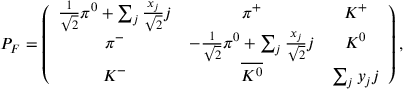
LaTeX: P _ { F } = \left( \begin{array} { c c c } { { \frac { 1 } { \sqrt { 2 } } \pi ^ { 0 } + \sum _ { j } \frac { x _ { j } } { \sqrt { 2 } } j } } & { { \pi ^ { + } } } & { { K ^ { + } } } \\ { { \pi ^ { - } } } & { { - \frac { 1 } { \sqrt { 2 } } \pi ^ { 0 } + \sum _ { j } \frac { x _ { j } } { \sqrt { 2 } } j } } & { { K ^ { 0 } } } \\ { { K ^ { - } } } & { { \overline { { { K ^ { 0 } } } } } } & { { \sum _ { j } y _ { j } j } } \end{array} \right) ,